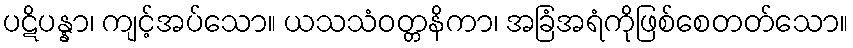
ပဋိပန္နာ၊ ကျင့်အပ်သော။ ယသသံဝတ္တနိကာ၊ အခြံအရံကိုဖြစ်စေတတ်သော။